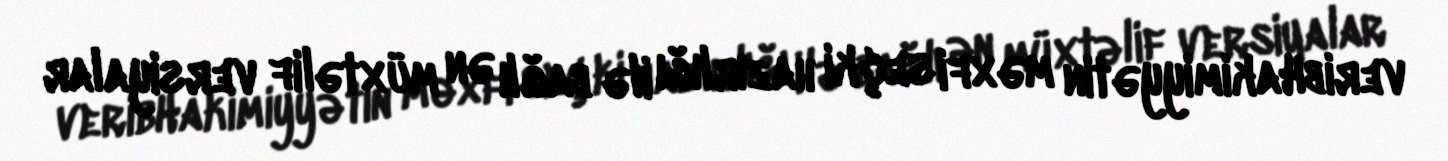
veribHakimiyyətin məxfi seçki hazırlığı ilə bağlı ən müxtəlif versiyalar